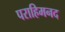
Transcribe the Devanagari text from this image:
पराहिमनद